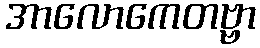
အာလောကေတဗ္ဗာ